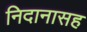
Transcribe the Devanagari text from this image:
निदानासह